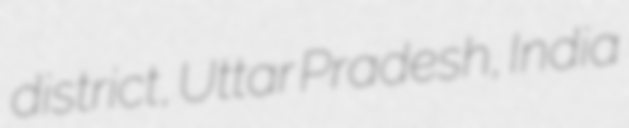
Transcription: district, Uttar Pradesh, India